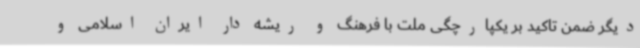
دیگر ضمن تاکید بر یکپارچگی ملت با فرهنگ و ریشه دار ایران اسلامی و